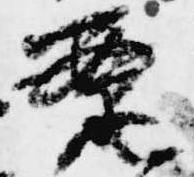
案